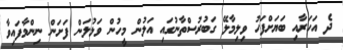
ދެ އަހަރާއި ބަޔަށްފަހު ވިލިމާލޭ ގަބުރުސްތާނުގައި އަލުން މީހުން ވަޅުލަން ފަށަން ނިންމާފައިވާ